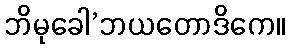
ဘိမုခေါ’ဘယတောဒိကေ။